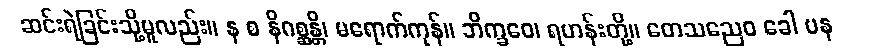
ဆင်းရဲခြင်းသို့မူလည်း။ န စ နိဂစ္ဆန္တိ၊ မရောက်ကုန်။ ဘိက္ခဝေ၊ ရဟန်းတို့။ တေသညေဝ ခေါ ပန